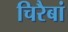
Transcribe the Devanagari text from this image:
चिरैबां